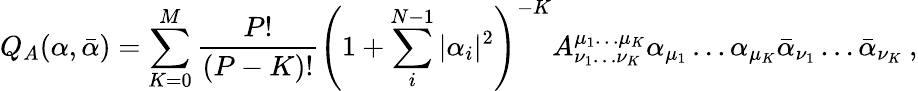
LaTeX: Q_{A}(\alpha,\bar{\alpha})=\sum_{K=0}^{M}\frac{P!}{(P-K)!}\left(1+\sum_{i}^{N-1}|\alpha_{i}|^{2}\right)^{-K}A_{\nu_{1}\ldots\nu_{K}}^{\mu_{1}\ldots\mu_{K}}\alpha_{\mu_{1}}\ldots\alpha_{\mu_{K}}\bar{\alpha}_{\nu_{1}}\ldots\bar{\alpha}_{\nu_{K}}\: ,